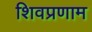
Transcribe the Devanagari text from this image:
शिवप्रणाम